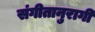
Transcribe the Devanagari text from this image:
संगीतानुरागी